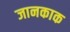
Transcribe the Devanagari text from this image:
जानकाक